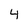
Character: 4